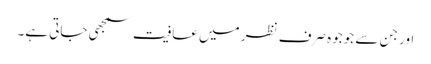
اور جن سے جوجوہ صرف نظر میں عافیت سمجھی جاتی ہے۔